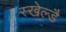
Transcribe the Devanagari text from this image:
स्खेल्डै